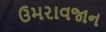
ઉમરાવજાન